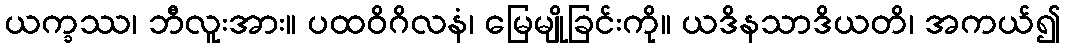
ယက္ခဿ၊ ဘီလူးအား။ ပထဝိဂိလနံ၊ မြေမျိုခြင်းကို။ ယဒိနသာဒိယတိ၊ အကယ်၍